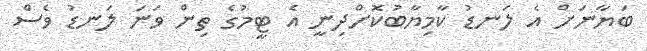
ބަޔާނަށް އެ ލަނޑު ކާމިޔާބުކޮށްދިނީ އެ ޓީމުގެ ތިން ވަނަ ލަނޑު ވެސް